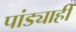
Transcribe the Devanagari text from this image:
पांड्याही